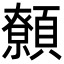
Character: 𩕐